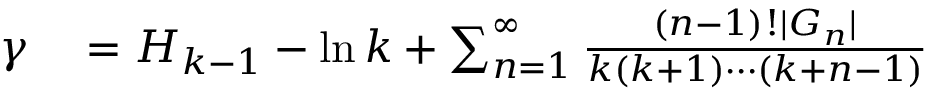
\begin{array} { r l r l } { \gamma } & { { } = H _ { k - 1 } - \ln k + \sum _ { n = 1 } ^ { \infty } { \frac { ( n - 1 ) ! | G _ { n } | } { k ( k + 1 ) \cdots ( k + n - 1 ) } } } & { } & { { } } \end{array}